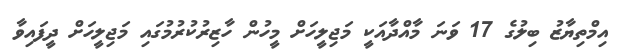
އިމްތިޔާޒު ބިލުގެ 17 ވަނަ މާއްދާއަކީ މަޖިލީހަށް މީހުން ހާޒިރުކުރުމުގައި މަޖިލީހަށް ދީފައިވާ